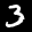
Label: 3